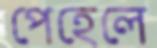
পেহেলে